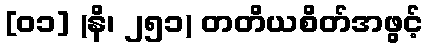
[၀၁] (နိ၊ ၂၅၁) တတိယစိတ်အဖွင့်